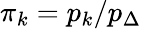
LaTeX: \pi_{k}=p_{k}/p_{\Delta}